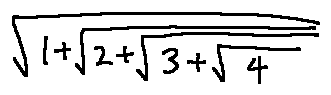
\sqrt { 1 + \sqrt { 2 + \sqrt { 3 + \sqrt { 4 } } } }